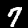
Digit: 7